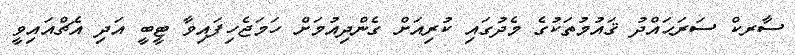
ސާރކް ސަރަޙައްދު ޤައުމުތަކުގެ މެދުގައި ކުރިއަށް ގެންދިއުމަށް ހަމަޖެހިފައިވާ ޓީބީ އަދި އެޗްއައިވީ